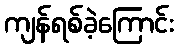
ကျန်ရစ်ခဲ့ကြောင်း